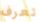
تعرف